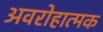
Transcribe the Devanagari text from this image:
अवरोहात्मक